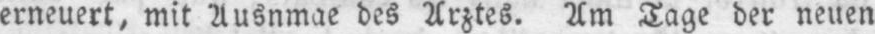
erneuert, mit Ausnmae des Arztes. Am Tage der neuen